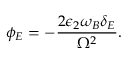
\phi _ { E } = - \frac { 2 \epsilon _ { 2 } \omega _ { B } \delta _ { E } } { \Omega ^ { 2 } } .